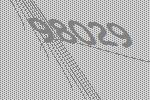
98029